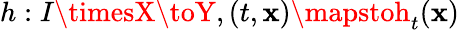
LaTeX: h:I\timesX\toY,(t,\mathbf{x})\mapstoh_{t}(\mathbf{x})